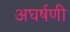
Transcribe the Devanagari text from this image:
अघर्षणी